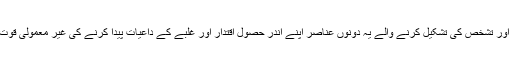
شیعہ نفسیات اور تشخص کی تشکیل کرنے والے یہ دونوں عناصر اپنے اندر حصول اقتدار اور غلبے کے داعیات پیدا کرنے کی غیر معمولی قوت رکھتے ہیں۔